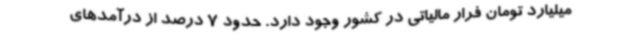
میلیارد تومان فرار مالیاتی در کشور وجود دارد. حدود 7 درصد از درآمدهای